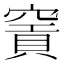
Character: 𥧡